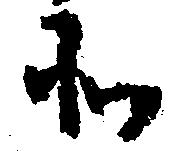
そ